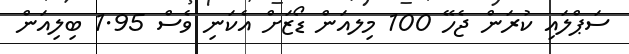
ސަޕްލައި ކުރަން ޖެހޭ 100 މިލއަން ޑޯޒަށް އެކަނި ވެސް 1.95 ބިލިއަން